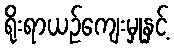
ရိုးရာယဉ်ကျေးမှုနှင့်